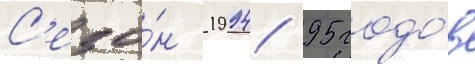
С'езо́н 1994/ 95 годо́в